Elephants and their diseases
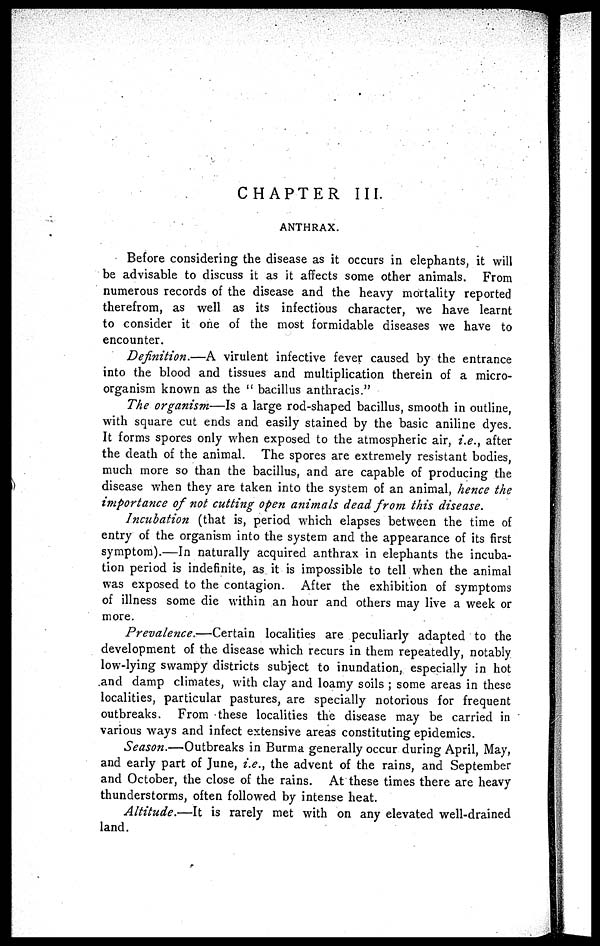
CHAPTER III
ANTHRAX.
Before considering the disease as it occurs in elephants, it will
be advisable to discuss it as it affects some other animals. From
numerous records of the disease and the heavy mortality reported
therefrom, as well as its infectious character, we have learnt
to consider it one of the most formidable diseases we have to
encounter.
Definition.—A virulent infective fever caused by the entrance
into the blood and tissues and multiplication therein of a micro-
organism known as the " bacillus anthracis."
The organism—Is a large rod-shaped bacillus, smooth in outline,
with square cut ends and easily stained by the basic aniline dyes.
It forms spores only when exposed to the atmospheric air, i.e., after
the death of the animal. The spores are extremely resistant bodies,
much more so than the bacillus, and are capable of producing the
disease when they are taken into the system of an animal, hence the
importance of not cutting open animals dead from this disease.
Incubation (that is, period which elapses between the time of
entry of the organism into the system and the appearance of its first
symptom).—In naturally acquired anthrax in elephants the incuba-
tion period is indefinite, as it is impossible to tell when the animal
was exposed to the contagion. After the exhibition of symptoms
of illness some die within an hour and others may live a week or
more.
Prevalence.—Certain
localities are peculiarly adapted to the
development of the disease which recurs in them repeatedly, notably
low-lying swampy districts subject to inundation, especially in hot
and damp climates, with clay and loamy soils ; some areas in these
localities, particular pastures, are specially notorious for frequent
outbreaks. From these localities the disease may be carried in
various ways and infect extensive areas constituting epidemics.
Season.—Outbreaks in Burma generally occur during April, May,
and early part of June, i.e., the advent of the rains, and September
and October, the close of the rains. At these times there are heavy
thunderstorms, often followed by intense heat.
Altitude.—It
is rarely met with on any elevated well-drained
land.